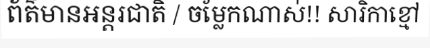
ព័ត៌មានអន្តរជាតិ / ចម្លែកណាស់!! សារិកាខ្មៅ